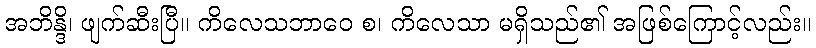
အဘိန္ဒိ၊ ဖျက်ဆီးပြီ။ ကိလေသဘာဝေ စ၊ ကိလေသာ မရှိသည်၏ အဖြစ်ကြောင့်လည်း။